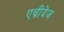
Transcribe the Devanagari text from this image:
एथ्रीदेज